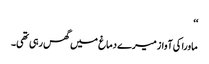
‘‘
ماورا کی آواز میرے دماغ میں گھس رہی تھی۔